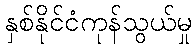
နှစ်နိုင်ငံကုန်သွယ်မှု